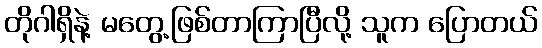
တိုဂါရှိနဲ့ မတွေ့ဖြစ်တာကြာပြီလို့ သူက ပြောတယ်